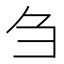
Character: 刍